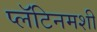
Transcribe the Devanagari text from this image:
प्लॅटिनमशी